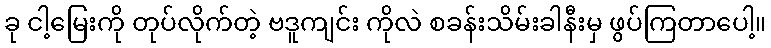
ခု ငါ့မြေးကို တုပ်လိုက်တဲ့ ဗဒူကျင်း ကိုလဲ စခန်းသိမ်းခါနီးမှ ဖွပ်ကြတာပေါ့။